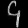
Digit: ၄